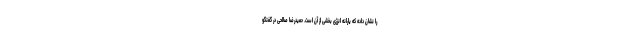
را نشان داده که یارانه انرژی بخشی از آن است. حمیدرضا صالحی در گفتگو